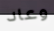
وعاد